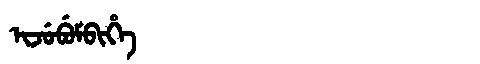
Manchu: ᡳᠵᡠᠪᡠᠮᠪᡳᡥᡝ
Romanization: IJUBUMBIHE